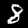
Digit: 8